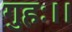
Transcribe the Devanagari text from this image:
गुहः।।